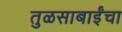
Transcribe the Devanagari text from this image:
तुळसाबाईंचा